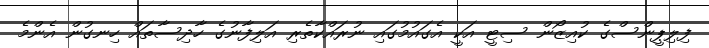
ފިލިޕީންސްގެ ކުއިޒޯން ސިޓީ އަކީ އެގައުމުގައި ނުރައްކާތެރި އަލިފާނުގެ ހާދިސާތައް ހިނގުން އެންމެ